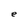
Character: e